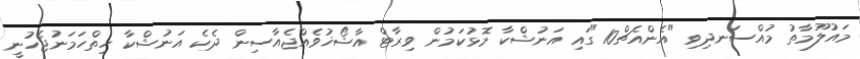
މައުލޫމާތު މުއްސަނދިވި "އެންއެޗް10"ގައި އަނުޝްކާ މޮޅުކަމުން ވިރާޓް އާޝޯޚުވެއްޖެއާސިން ދެކެ އަނުޝްކާ ހިތްހަމަނުޖެހުނީ